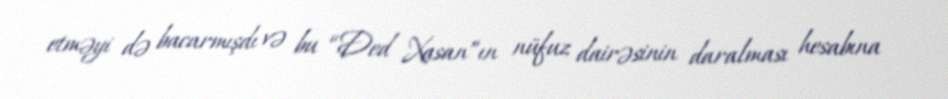
etməyi də bacarmışdı və bu “Ded Xasan”ın nüfuz dairəsinin daralması hesabına